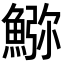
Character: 𩸹